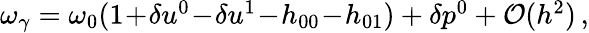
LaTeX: \begin{array}{r}{\omega_{\gamma}=\omega_{0}(1\! +\! \delta u^{0}\! -\! \delta u^{1}\! -\! h_{00}\! -\! h_{01})+\delta p^{0}+\mathcal{O}(h^{2})\, ,}\end{array}